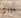
بيرتا